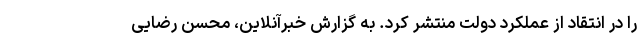
را در انتقاد از عملکرد دولت منتشر کرد. به گزارش خبرآنلاین، محسن رضایی